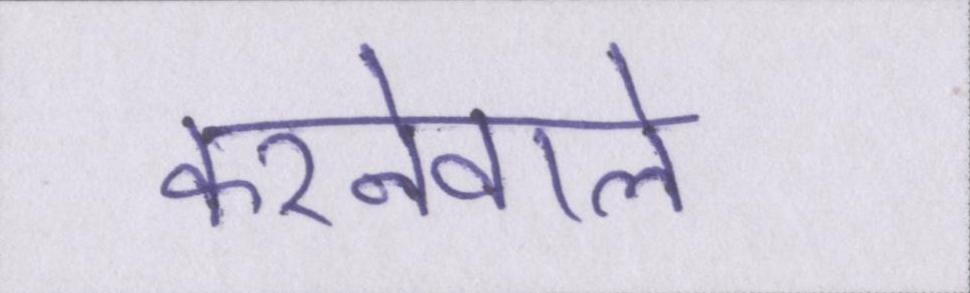
करनेवाले